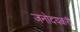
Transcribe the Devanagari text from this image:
जनोदयकरी